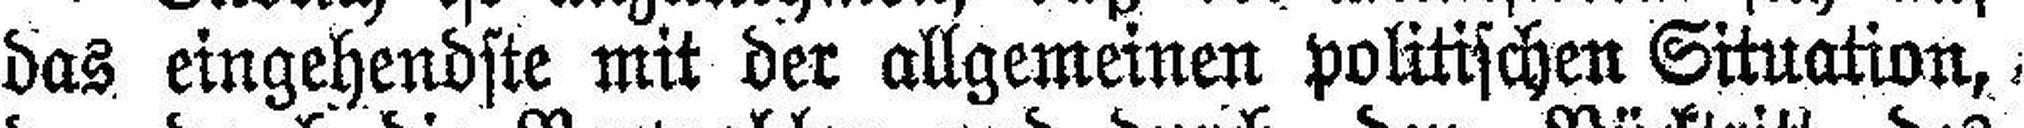
das eingehendste mit der allgemeinen politischen Situation,